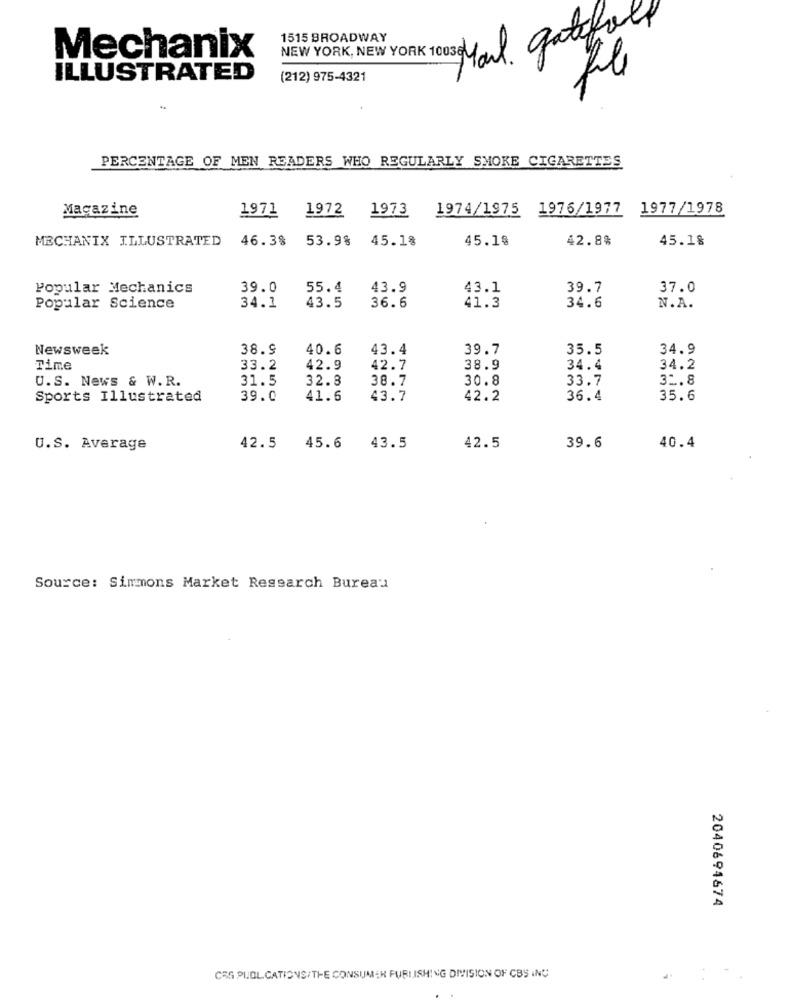
NEW YORK, NEW YORK 10030 Mail gatefold
1515 BROADWAY
Mechanix
ILLUSTRATED
(212) 975-4321
PERCENTAGE OF MEN READERS WHO REGULARLY SMOKE CIGARETTES
Magazine
1971
1972
1973
1974/1975 1976/1977
1977/1978
MECHANIX ILLUSTRATED
46.38
53.9%
45.1%
45.18
42.8%
45.18
Popular Mechanics
39.0
55.4
43.9
43.1
39.7
37.0
Popular Science
34.1
43.5
36.6
41.3
34.6
N.A.
Newsweek
38.9
40.6
43.4
39.7
35.5
34.9
Time
33.2
42.9
42.7
38.9
34.4
34.2
U.S. News & W. R.
31.5
32.8
38.7
30.8
33.7
31.8
Sports Illustrated
39.0
41.6
43.7
42.2
36.4
35.6
42.5
U.S. Average
42.5
45.6
43.5
39.6
40.4
Source: Simmons Market Research Bureau
2040694674
CSG PUOL CATIONS/THE CONSUMER PUBLISHING DIVISION OF CBS INC